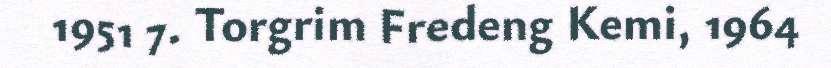
1951 7. Torgrim Fredeng Kemi, 1964